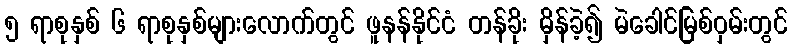
၅ ရာစုနှစ် ၆ ရာစုနှစ်များလောက်တွင် ဖူနန်နိုင်ငံ တန်ခိုး မှိန်ခဲ့၍ မဲခေါင်မြစ်ဝှမ်းတွင်